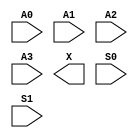
/**
 * Copyright 2020 The SkyWater PDK Authors
 *
 * Licensed under the Apache License, Version 2.0 (the "License");
 * you may not use this file except in compliance with the License.
 * You may obtain a copy of the License at
 *
 *     https://www.apache.org/licenses/LICENSE-2.0
 *
 * Unless required by applicable law or agreed to in writing, software
 * distributed under the License is distributed on an "AS IS" BASIS,
 * WITHOUT WARRANTIES OR CONDITIONS OF ANY KIND, either express or implied.
 * See the License for the specific language governing permissions and
 * limitations under the License.
 *
 * SPDX-License-Identifier: Apache-2.0
 */

`ifndef SKY130_FD_SC_HVL__UDP_MUX_4TO2_SYMBOL_V
`define SKY130_FD_SC_HVL__UDP_MUX_4TO2_SYMBOL_V

/**
 * udp_mux_4to2: Four to one multiplexer with 2 select controls
 *
 * Verilog stub (with power pins) for graphical symbol definition
 * generation.
 *
 * WARNING: This file is autogenerated, do not modify directly!
 */

`timescale 1ns / 1ps
`default_nettype none

(* blackbox *)
module sky130_fd_sc_hvl__udp_mux_4to2 (
    //# {{data|Data Signals}}
    input  A0,
    input  A1,
    input  A2,
    input  A3,
    output X ,

    //# {{control|Control Signals}}
    input  S0,
    input  S1
);
endmodule

`default_nettype wire
`endif  // SKY130_FD_SC_HVL__UDP_MUX_4TO2_SYMBOL_V